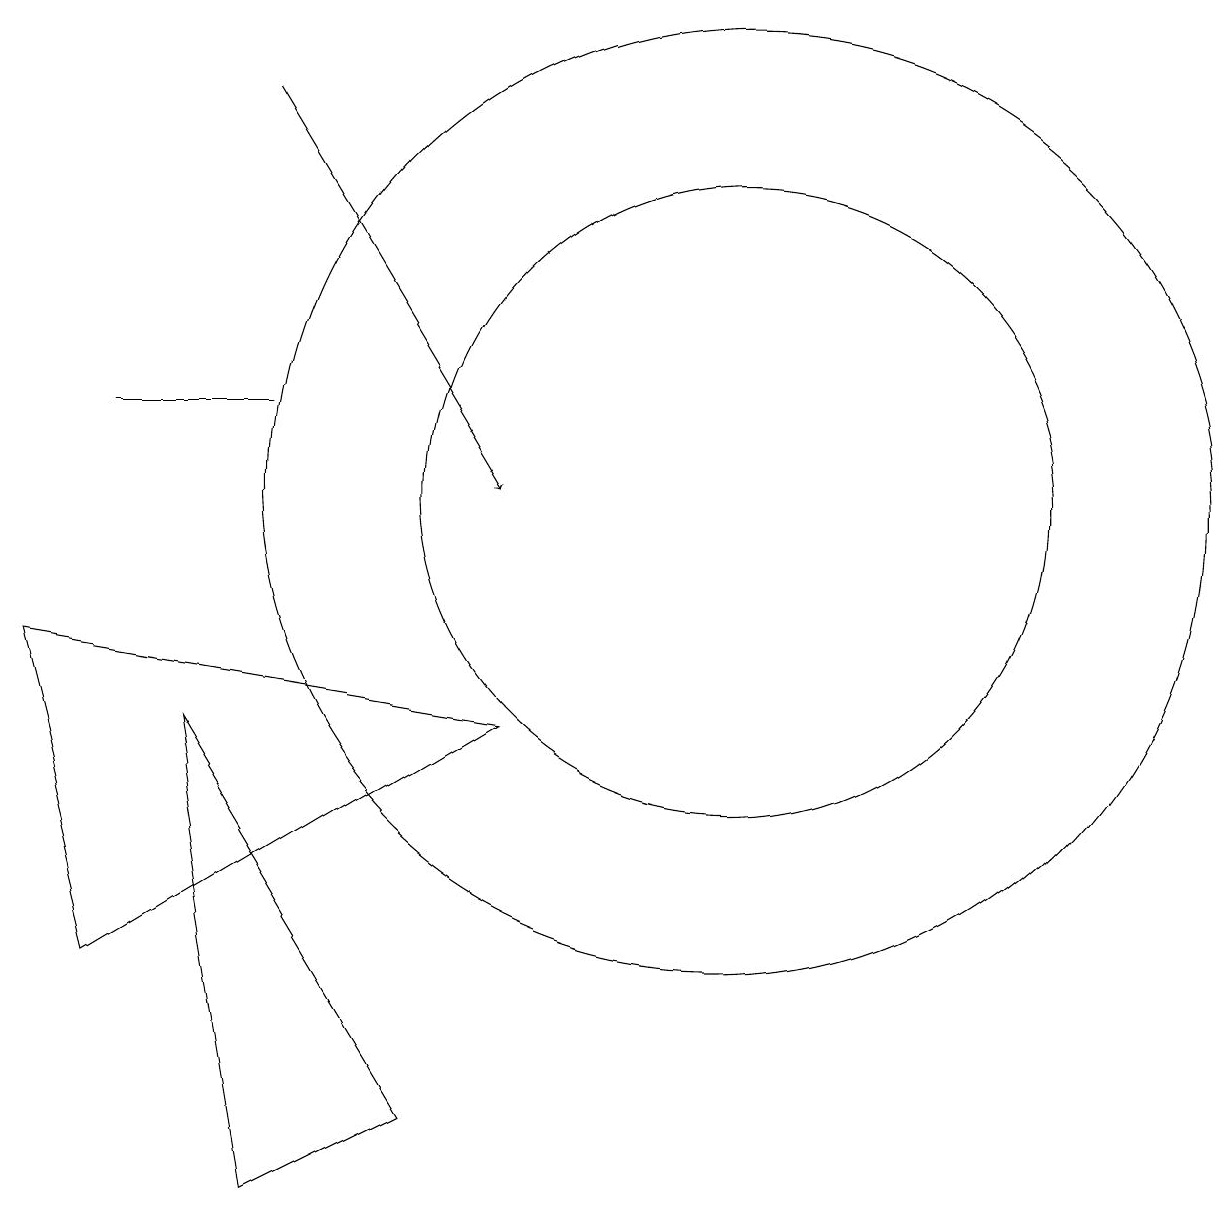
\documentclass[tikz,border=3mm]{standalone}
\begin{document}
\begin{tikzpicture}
\draw (3,12) rectangle (5,12);
\draw (11,11) circle (6);
\draw (11,11) circle (4);
\draw (8,8) -- (3,5) -- (2,9) -- cycle;
\draw[->] (5,16) -- (8,11);
\draw (5,2) -- (7,3) -- (4,8) -- cycle;
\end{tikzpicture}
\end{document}